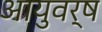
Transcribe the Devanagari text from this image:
आयुवर्ष